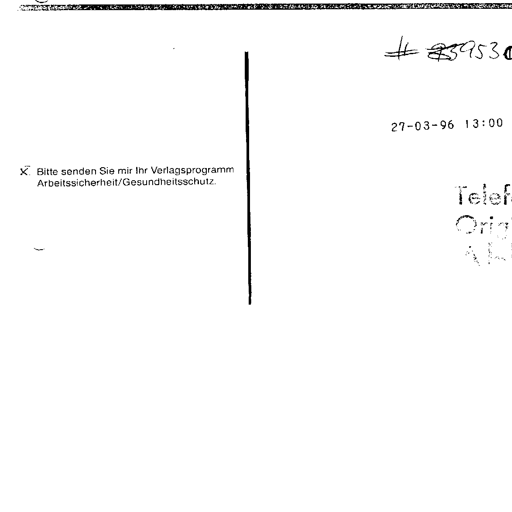
# 239530
27-03-96 13:00
X Bitte senden Sie mir Ihr Verlagsprogramm Arbeitssicherheit/Gesundheitsschutz.
Telef
Orig
AL